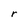
Character: r